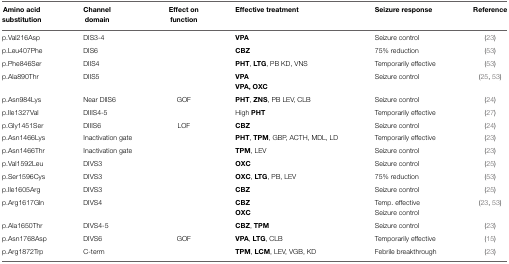
| Amino acid substitution | Channel domain | Effect on function | Effective treatment | Seizure response | Reference |
 | --- | --- | --- | --- | --- | --- |
 | p.Val216Asp | DIS3-4 |  | VPA | Seizure control | (23) |
 | p.Leu407Phe | DIS6 |  | CBZ | 75% reduction | (53) |
 | p.Phe846Ser | DIIS4 |  | PHT, LTG, PB KD, VNS | Temporarily effective | (53) |
 | p.Ala890Thr | DIIS5 |  | VPA | Seizure control | (25, 53) |
 |  |  |  | VPA, OXC |  |
 | p.Asn984Lys | Near DIIS6 | GOF | PHT, ZNS, PB LEV, CLB | Seizure control | (24) |
 | p.Ile1327Val | DIIIS4-5 |  | High PHT | Temporarily effective | (27) |
 | p.Gly1451Ser | DIIIS6 | LOF | CBZ | Seizure control | (24) |
 | p.Asn1466Lys | Inactivation gate |  | PHT, TPM, GBP, ACTH, MDL, LD | Temporarily effective | (23) |
 | p.Asn1466Thr | Inactivation gate |  | TPM, LEV | Seizure control | (23) |
 | p.Val1592Leu | DIVS3 |  | OXC | Seizure control | (25) |
 | p.Ser1596Cys | DIVS3 |  | OXC, LTG, PB, LEV | 75% reduction | (53) |
 | p.Ile1605Arg | DIVS3 |  | CBZ | Seizure control | (25) |
 | p.Arg1617Gln | DIVS4 |  | CBZ | Temp. effective | (23, 53) |
 |  |  |  | OXC | Seizure control |  |
 | p.Ala1650Thr | DIVS4-5 |  | CBZ, TPM | Seizure control | (23) |
 | p.Asn1768Asp | DIVS6 | GOF | VPA, LTG, CLB | Temporarily effective | (15) |
 | p.Arg1872Trp | C-term |  | TPM, LCM, LEV, VGB, KD | Febrile breakthrough | (23) |